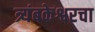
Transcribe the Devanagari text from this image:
त्र्यंबकेश्वरचा